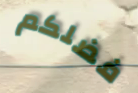
فضلكم